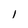
Character: 1